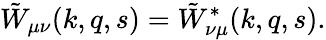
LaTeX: \tilde{W}_{\mu\nu}(k,q,s)=\tilde{W}_{\nu\mu}^{\ast}(k,q,s).